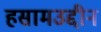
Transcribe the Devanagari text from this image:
हसामउद्दीन